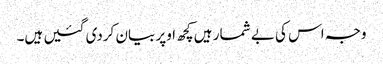
وجہ اس کی بے شمار ہیں کچھ اوپر بیان کردی گئیں ہیں۔